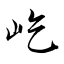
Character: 屹